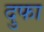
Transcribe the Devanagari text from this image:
दुफा